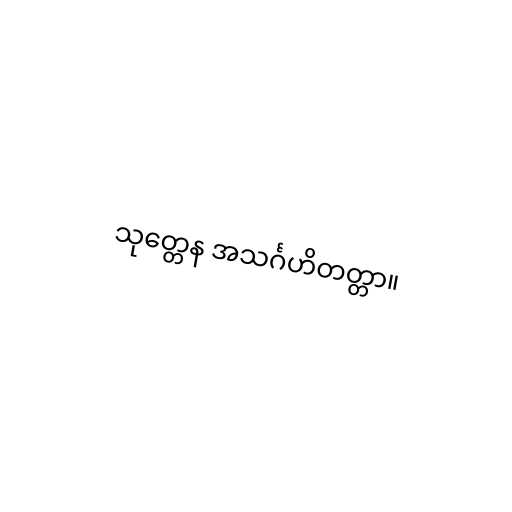
သုတ္တေန အသင်္ဂဟိတတ္တာ။